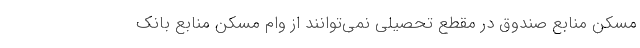
مسکن منابع صندوق در مقطع تحصیلی نمی‌توانند از وام مسکن منابع بانک